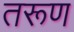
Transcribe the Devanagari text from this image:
तरूण